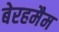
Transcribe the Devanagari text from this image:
बेरहमैम